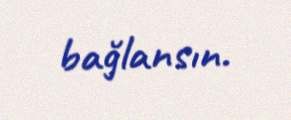
bağlansın.